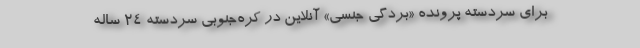
برای سردسته پرونده «بردگی جنسی» آنلاین در کره‌جنوبی سردسته ۲۴ ساله